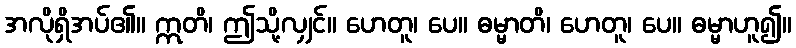
အလိုရှိအပ်၏။ ဣတိ၊ ဤသို့လျှင်။ ဟေတူ၊ ပေ။ ဓမ္မာတိ၊ ဟေတူ၊ ပေ။ ဓမ္မာဟူ၍။